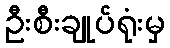
ဦးစီးချုပ်ရုံးမှ